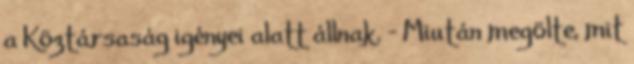
a Köztársaság igényei alatt állnak. - Miután megölte, mit